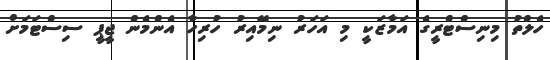
ހެލްތު މިނިސްޓްރީގެ އަމާޒަކީ މި އަހަރު ނިމޭއިރު ހުރިހާ އެންމެން ޖީޕީ ސިސްޓަމަށް